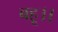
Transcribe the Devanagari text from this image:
बहू।।